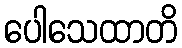
ပေါသေထာတိ